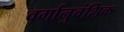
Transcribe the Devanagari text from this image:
वर्गानुवंशिक